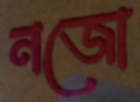
নজো